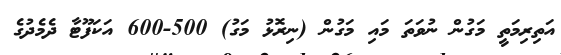
އަތިރިމަތީ މަގުން ނުވަތަ މައި މަގުން (ނިރޮޅު މަގު) 500-600 އަކަފޫޓާ ދެމެދުގެ